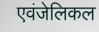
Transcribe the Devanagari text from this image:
एवंजेलिकल